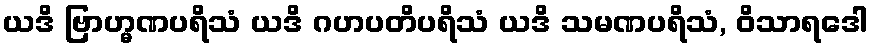
ယဒိ ဗြာဟ္မဏပရိသံ ယဒိ ဂဟပတိပရိသံ ယဒိ သမဏပရိသံ, ဝိသာရဒေါ